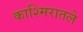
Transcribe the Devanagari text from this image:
काश्मिरातले